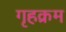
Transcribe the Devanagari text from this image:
गृहक्रम